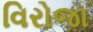
વિરોજા